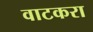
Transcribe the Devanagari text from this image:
वाटकरा